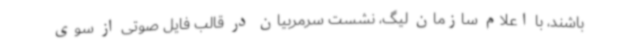
باشند، با اعلام سازمان لیگ، نشست سرمربیان در قالب فایل صوتی از سوی